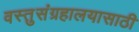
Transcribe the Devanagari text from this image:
वस्तुसंग्रहालयासाठी